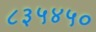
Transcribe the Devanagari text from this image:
८३५४५०